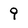
Character: 9